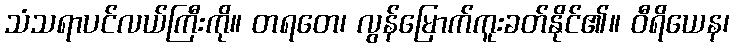
သံသရာပင်လယ်ကြီးကို။ တရတေ၊ လွန်မြောက်ကူးခတ်နိုင်၏။ ဝီရိယေန၊